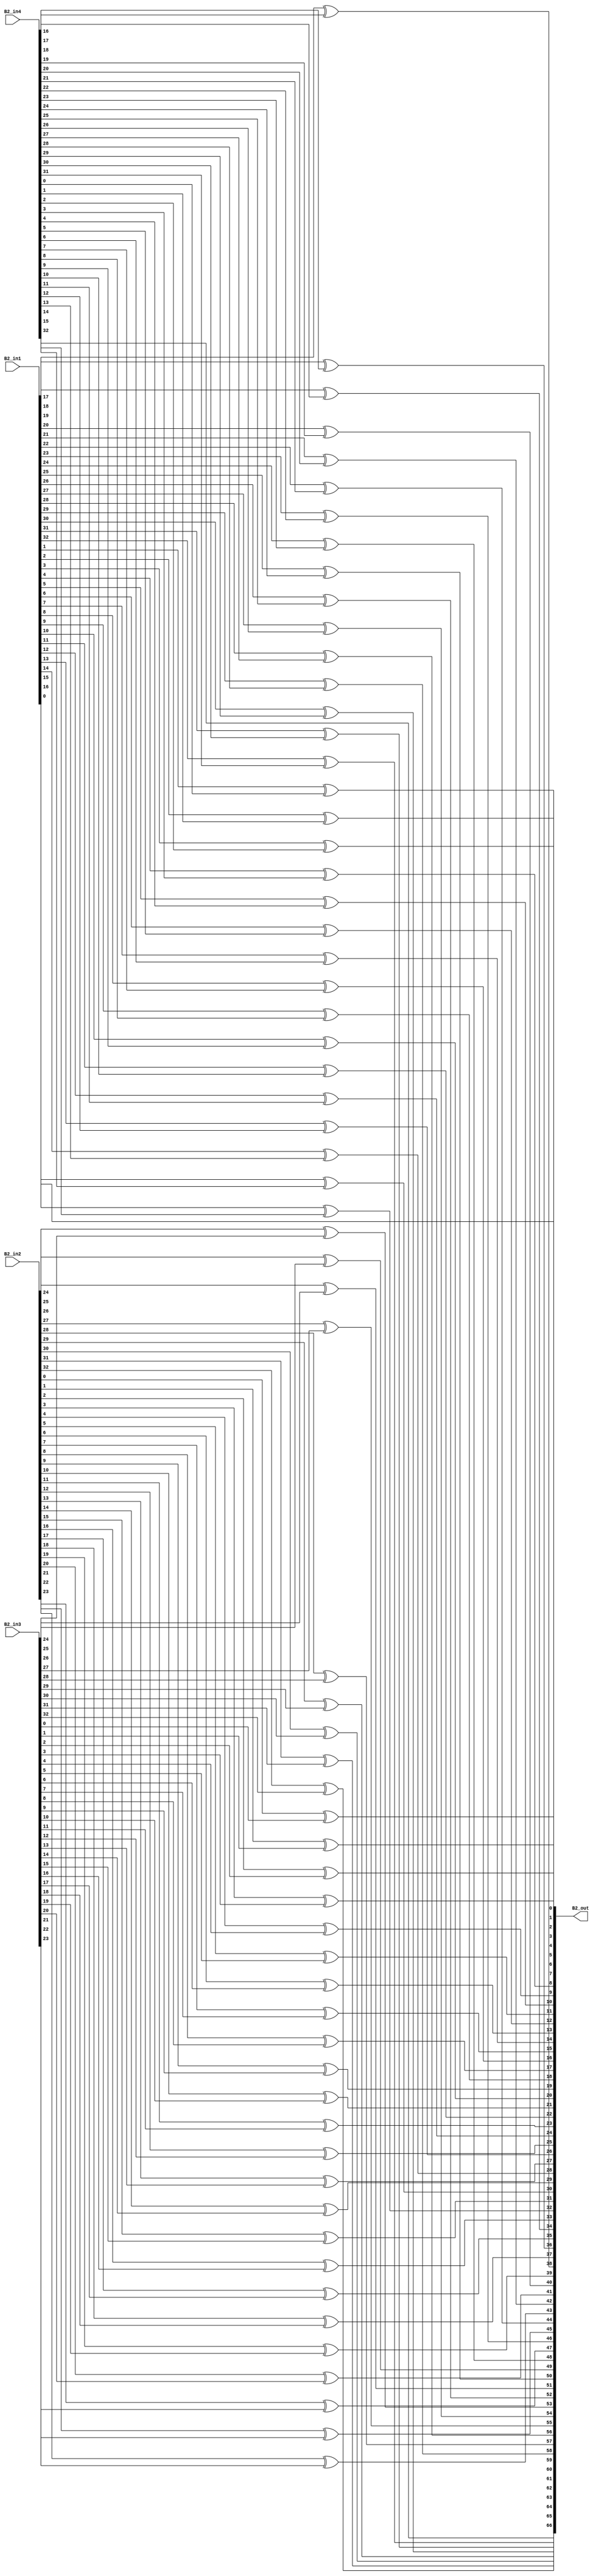
module overlap_module_33bit(
    B2_in1,
    B2_in2,
    B2_in3,
    B2_in4,
    B2_out
    );


parameter n = 34;

input [n-2:0] B2_in1;
input [n-2:0] B2_in2;
input [n-2:0] B2_in3;
input [n-2:0] B2_in4;

output [2*n-2:0] B2_out;

assign B2_out[0] = B2_in1[0];

assign B2_out[2] = B2_in1[1]^B2_in4[0];

assign B2_out[4] = B2_in1[2]^B2_in4[1];

assign B2_out[6] = B2_in1[3]^B2_in4[2];

assign B2_out[8] = B2_in1[4]^B2_in4[3];

assign B2_out[10] = B2_in1[5]^B2_in4[4];

assign B2_out[12] = B2_in1[6]^B2_in4[5];

assign B2_out[14] = B2_in1[7]^B2_in4[6];

assign B2_out[16] = B2_in1[8]^B2_in4[7];

assign B2_out[18] = B2_in1[9]^B2_in4[8];

assign B2_out[20] = B2_in1[10]^B2_in4[9];

assign B2_out[22] = B2_in1[11]^B2_in4[10];

assign B2_out[24] = B2_in1[12]^B2_in4[11];

assign B2_out[26] = B2_in1[13]^B2_in4[12];

assign B2_out[28] = B2_in1[14]^B2_in4[13];

assign B2_out[30] = B2_in1[15]^B2_in4[14];

assign B2_out[32] = B2_in1[16]^B2_in4[15];

assign B2_out[1] = B2_in2[0]^B2_in3[0];

assign B2_out[3] = B2_in2[1]^B2_in3[1];

assign B2_out[5] = B2_in2[2]^B2_in3[2];

assign B2_out[7] = B2_in2[3]^B2_in3[3];

assign B2_out[9] = B2_in2[4]^B2_in3[4];

assign B2_out[11] = B2_in2[5]^B2_in3[5];

assign B2_out[13] = B2_in2[6]^B2_in3[6];

assign B2_out[15] = B2_in2[7]^B2_in3[7];

assign B2_out[17] = B2_in2[8]^B2_in3[8];

assign B2_out[19] = B2_in2[9]^B2_in3[9];

assign B2_out[21] = B2_in2[10]^B2_in3[10];

assign B2_out[23] = B2_in2[11]^B2_in3[11];

assign B2_out[25] = B2_in2[12]^B2_in3[12];

assign B2_out[27] = B2_in2[13]^B2_in3[13];

assign B2_out[29] = B2_in2[14]^B2_in3[14];

assign B2_out[31] = B2_in2[15]^B2_in3[15];

assign B2_out[33] = B2_in2[16]^B2_in3[16];

assign B2_out[35] = B2_in2[17]^B2_in3[17];

assign B2_out[37] = B2_in2[18]^B2_in3[18];

assign B2_out[39] = B2_in2[19]^B2_in3[19];

assign B2_out[41] = B2_in2[20]^B2_in3[20];

assign B2_out[43] = B2_in2[21]^B2_in3[21];

assign B2_out[45] = B2_in2[22]^B2_in3[22];

assign B2_out[47] = B2_in2[23]^B2_in3[23];

assign B2_out[49] = B2_in2[24]^B2_in3[24];

assign B2_out[51] = B2_in2[25]^B2_in3[25];

assign B2_out[53] = B2_in2[26]^B2_in3[26];

assign B2_out[55] = B2_in2[27]^B2_in3[27];

assign B2_out[57] = B2_in2[28]^B2_in3[28];

assign B2_out[59] = B2_in2[29]^B2_in3[29];

assign B2_out[61] = B2_in2[30]^B2_in3[30];

assign B2_out[63] = B2_in2[31]^B2_in3[31];

assign B2_out[65] = B2_in2[32]^B2_in3[32];

assign B2_out[34] = B2_in1[17]^B2_in4[16];

assign B2_out[36] = B2_in1[18]^B2_in4[17];

assign B2_out[38] = B2_in1[19]^B2_in4[18];

assign B2_out[40] = B2_in1[20]^B2_in4[19];

assign B2_out[42] = B2_in1[21]^B2_in4[20];

assign B2_out[44] = B2_in1[22]^B2_in4[21];

assign B2_out[46] = B2_in1[23]^B2_in4[22];

assign B2_out[48] = B2_in1[24]^B2_in4[23];

assign B2_out[50] = B2_in1[25]^B2_in4[24];

assign B2_out[52] = B2_in1[26]^B2_in4[25];

assign B2_out[54] = B2_in1[27]^B2_in4[26];

assign B2_out[56] = B2_in1[28]^B2_in4[27];

assign B2_out[58] = B2_in1[29]^B2_in4[28];

assign B2_out[60] = B2_in1[30]^B2_in4[29];

assign B2_out[62] = B2_in1[31]^B2_in4[30];

assign B2_out[64] = B2_in1[32]^B2_in4[31];

assign B2_out[66] = B2_in4[32];

endmodule